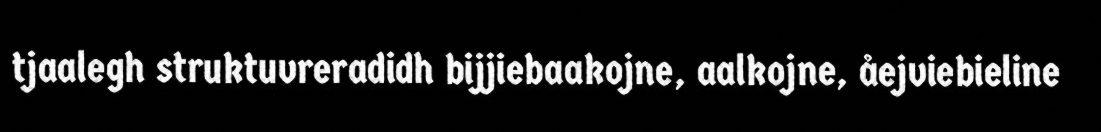
tjaalegh struktuvreradidh bijjiebaakojne, aalkojne, åejviebieline